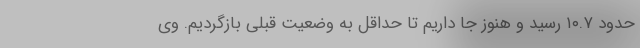
حدود ۱۰.۷ رسید و هنوز جا داریم تا حداقل به وضعیت قبلی بازگردیم. وی